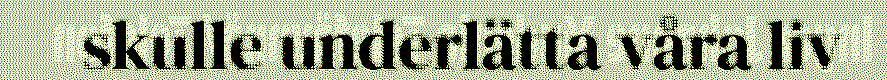
skulle underlätta våra liv